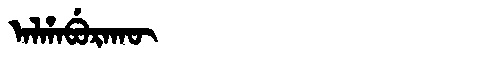
Manchu: ᠠᠯᡥᠠᠪᡠᡵᠠᡴᡡ
Romanization: ALHABURAKŪ